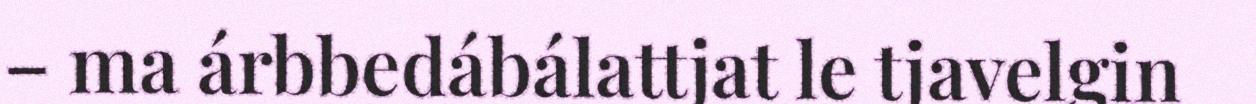
– ma árbbedábálattjat le tjavelgin